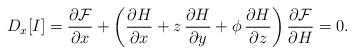
LaTeX: \begin{align*}D_x[I] = \frac{\partial {\cal F}}{\partial x} +\left(\frac{\partial H}{\partial x} + z\,\frac{\partial H}{\partial y} + \phi\,\frac{\partial H}{\partial z}\right) \frac{\partial {\cal F}}{\partial H} = 0.\end{align*}